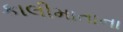
કાલીમાતાના